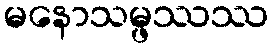
မနောသမ္ဖဿဿ